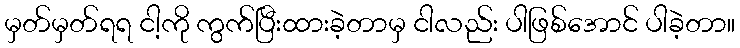
မှတ်မှတ်ရရ ငါ့ကို ကွက်ပြီးထားခဲ့တာမှ ငါလည်း ပါဖြစ်အောင် ပါခဲ့တာ။